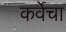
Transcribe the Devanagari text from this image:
कर्वेचा